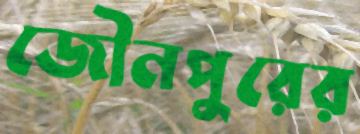
জৌনপুরের